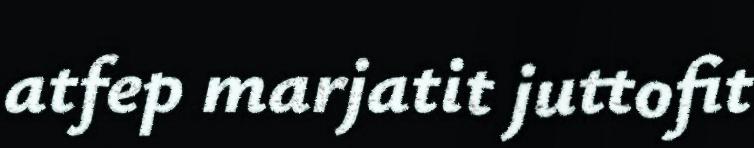
atfep marjatit juttofit